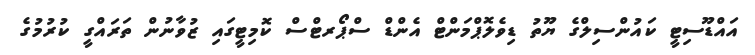
އައްޑޫސިޓީ ކައުންސިލްގެ ޔޫތު ޑިވެލޮޕްމަންޓް އެންޑް ސްޕޯރޓްސް ކޮމިޓީގައި ޒުވާނުން ތަރައްގީ ކުރުމުގެ